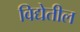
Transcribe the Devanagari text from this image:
विद्येतील